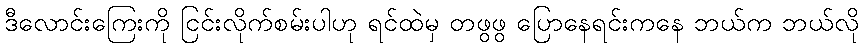
ဒီလောင်းကြေးကို ငြင်းလိုက်စမ်းပါဟု ရင်ထဲမှ တဖွဖွ ပြောနေရင်းကနေ ဘယ်က ဘယ်လို